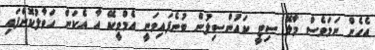
އެހެން ނަމަވެސް މާލޭ ސިޓީ ކައުންސިލުން ބުނެފައިވަނީ އެމްވީކޭ އާ އެކަން ހަވާލުކޮށްފައި